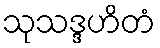
သုသဒ္ဒဟိတံ